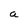
Character: a